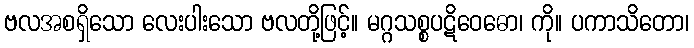
ဗလအစရှိသော လေးပါးသော ဗလတို့ဖြင့်။ မဂ္ဂသစ္စပဋိဝေဓော၊ ကို။ ပကာသိတော၊